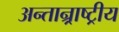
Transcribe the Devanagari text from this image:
अन्तान्र्राष्ट्रीय